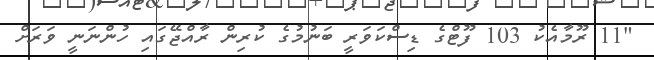
"11 ރޫމާއެކު 103 ފޫޓްގެ ޑިސްކަވަރީ ބަނުމުގެ ކުރިން ރާއްޖޭގައި ހުންނަނީ ވަރަށް